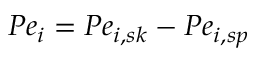
P { e _ { i } } = P { e _ { i , s k } } - P { e _ { i , s p } }